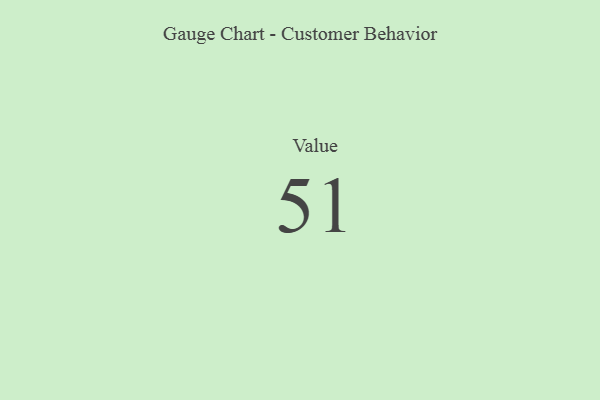
{"axis": {"x": "Metric", "y": "Value"}, "legend": [""], "data": [{"x": "Value", "y": 51, "type": ""}]}